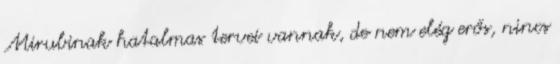
Mirubinak hatalmas tervei vannak, de nem elég erős, nincs